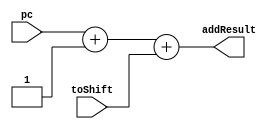

module branchAddress(addResult, pc, toShift);
  input [15:0] pc;
  input [15:0] toShift;
  output [15:0] addResult;

  assign addResult = (pc+1) + toShift;
  
endmodule